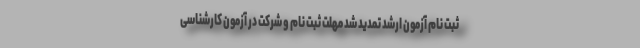
ثبت نام آزمون ارشد تمدید شد مهلت ثبت نام و شرکت در آزمون کارشناسی